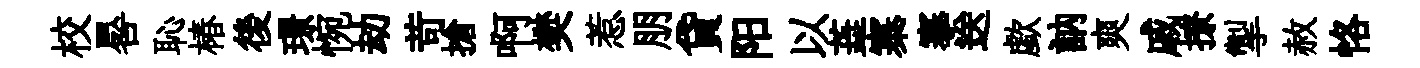
校晷恥椿後璟惋劫苛搶啊樊惹朋貸阳以蕋寨搴送歔訥爽戚撩掣赦恪